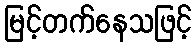
မြင့်တက်နေသဖြင့်